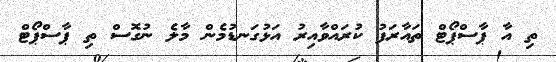
ތި އާ ޕާސްޕޯޓް ތައާރަފު ކުރައްވާއިރު އަޅުގަނޑުމެން މާލެ ނުގޮސް ތި ޕާސްޕޯޓް